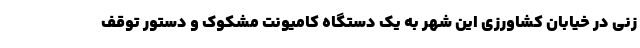
زنی در خیابان کشاورزی این شهر به یک دستگاه کامیونت مشکوک و دستور توقف